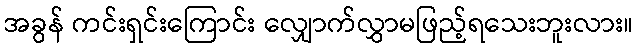
အခွန် ကင်းရှင်းကြောင်း လျှောက်လွှာမဖြည့်ရသေးဘူးလား။